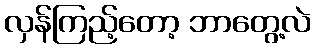
လှန်ကြည့်တော့ ဘာတွေ့လဲ